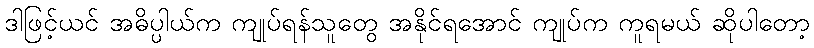
ဒါဖြင့်ယင် အဓိပ္ပါယ်က ကျုပ်ရန်သူတွေ အနိုင်ရအောင် ကျုပ်က ကူရမယ် ဆိုပါတော့